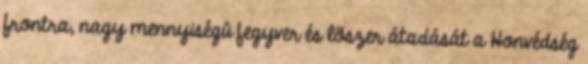
frontra, nagy mennyiségû fegyver és lõszer átadását a Honvédség